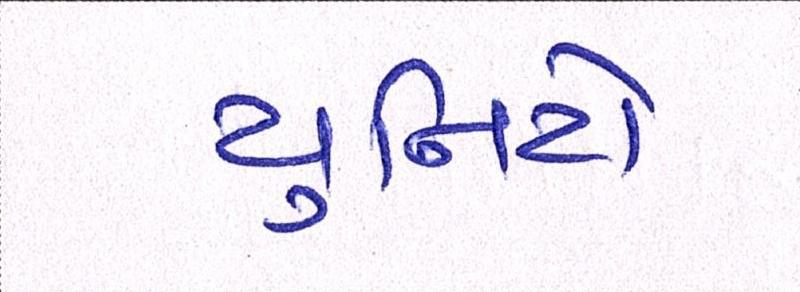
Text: યુનિટો